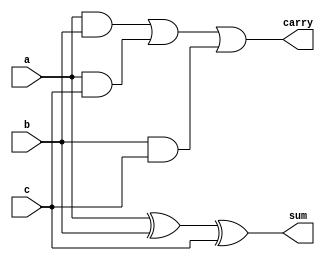
module FA(a,b,c,sum,carry);
input a,b,c;
output wire sum,carry;
always@(*)
 begin
  sum = (a^b^c);
  carry = ((a&b)|(a&c)|(b&c));
 end
endmodule